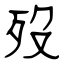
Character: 歿